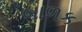
બાળક